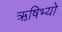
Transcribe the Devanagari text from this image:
ऋषिभ्यो